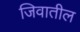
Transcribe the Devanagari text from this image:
जिवातील